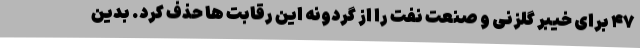
۴۷ برای خیبر گلزنی و صنعت نفت را از گردونه این رقابت ها حذف کرد. بدین